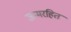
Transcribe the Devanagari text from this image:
जन्मरहित